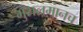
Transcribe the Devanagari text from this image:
मुसलमानच